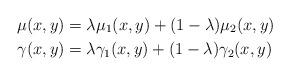
LaTeX: \begin{align*}\mu(x,y)&=\lambda \mu_1(x,y)+(1-\lambda) \mu_2(x,y)\\\gamma(x,y)&=\lambda \gamma_1(x,y)+(1-\lambda) \gamma_2(x,y)\end{align*}